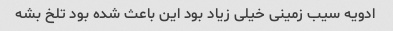
ادویه سیب زمینی خیلی زیاد بود این باعث شده بود تلخ بشه